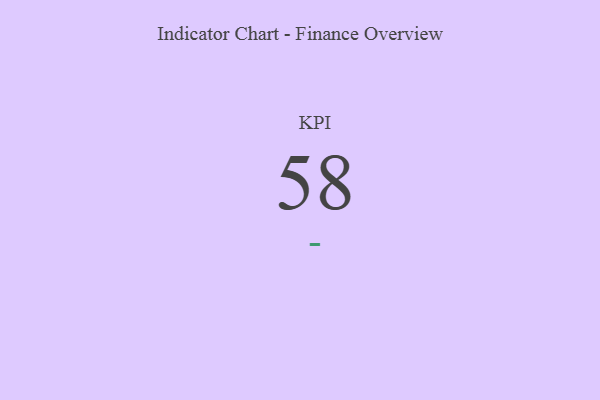
{"axis": {"x": "KPI", "y": "Value"}, "legend": [""], "data": [{"x": "KPI", "y": 58, "type": ""}]}